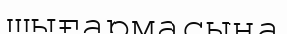
шығармасына